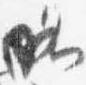
略